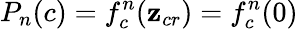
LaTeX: P_{n}(c)=f_{c}^{n}(\mathbf{z}_{cr})=f_{c}^{n}(0)